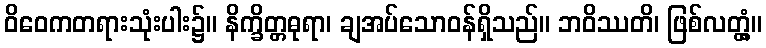
ဝိဝေကတရားသုံးပါး၌။ နိက္ခိတ္တဓုရာ၊ ချအပ်သောဝန်ရှိသည်။ ဘဝိဿတိ၊ ဖြစ်လတ္တံ့။